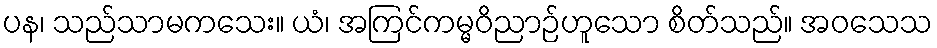
ပန၊ သည်သာမကသေး။ ယံ၊ အကြင်ကမ္မဝိညာဉ်ဟူသော စိတ်သည်။ အဝသေသ